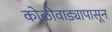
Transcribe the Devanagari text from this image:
कोळीवाड्यापासून